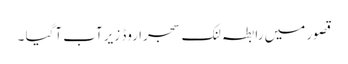
قصور میں رابطہ لنک سجرا روڈ زیرآب آگیا ۔